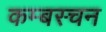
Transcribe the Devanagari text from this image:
कम्बस्चन